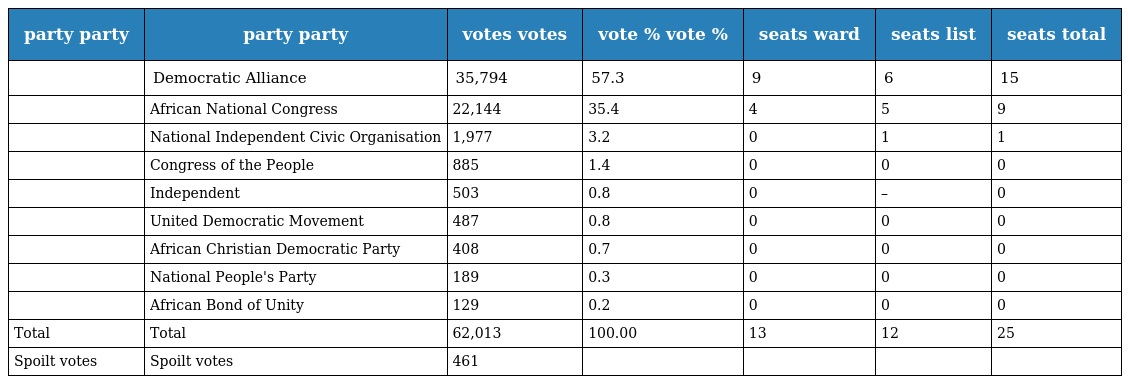
| party party | party party | votes votes | vote % vote % | seats ward | seats list | seats total |
 | --- | --- | --- | --- | --- | --- | --- |
 |  | Democratic Alliance | 35,794 | 57.3 | 9 | 6 | 15 |
 |  | African National Congress | 22,144 | 35.4 | 4 | 5 | 9 |
 |  | National Independent Civic Organisation | 1,977 | 3.2 | 0 | 1 | 1 |
 |  | Congress of the People | 885 | 1.4 | 0 | 0 | 0 |
 |  | Independent | 503 | 0.8 | 0 | – | 0 |
 |  | United Democratic Movement | 487 | 0.8 | 0 | 0 | 0 |
 |  | African Christian Democratic Party | 408 | 0.7 | 0 | 0 | 0 |
 |  | National People's Party | 189 | 0.3 | 0 | 0 | 0 |
 |  | African Bond of Unity | 129 | 0.2 | 0 | 0 | 0 |
 | Total | Total | 62,013 | 100.00 | 13 | 12 | 25 |
 | Spoilt votes | Spoilt votes | 461 |  |  |  |  |